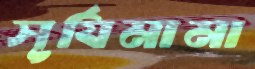
সূর্যিমামা